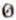
0